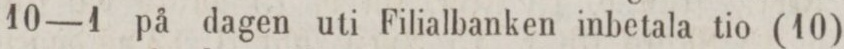
10—1 på dagen uti Filialbanken inbetala tio (10)